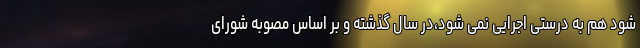
شود هم به درستی اجرایی نمی شود،در سال گذشته و بر اساس مصوبه شورای